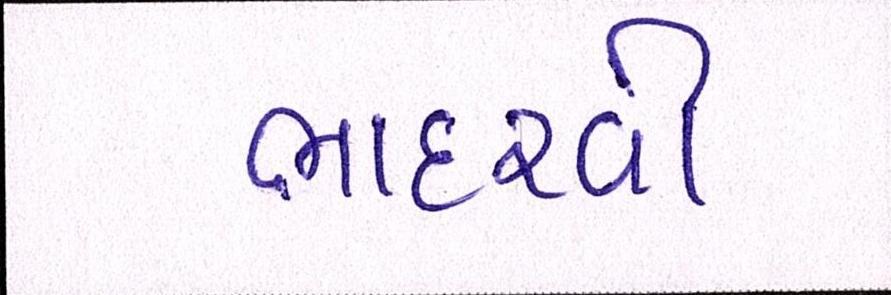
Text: ભાદરવી